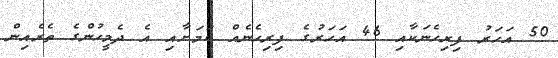
50 އަހަރު ފިރިހެނަކާއި 46 އަހަރުގެ ފިރިހެނެއް ކަމަށާއި އެ ދެމީހުންގެ ތެރެއިން